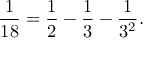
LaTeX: { \frac { 1 } { 1 8 } } = { \frac { 1 } { 2 } } - { \frac { 1 } { 3 } } - { \frac { 1 } { 3 ^ { 2 } } } .